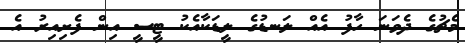
މެޗުގެ ދެވަނަ ހާފު އެއް ލަނޑުގެ ލީޑަކާއެކު ޓީސީ އިން ފެށިއިރު އެ